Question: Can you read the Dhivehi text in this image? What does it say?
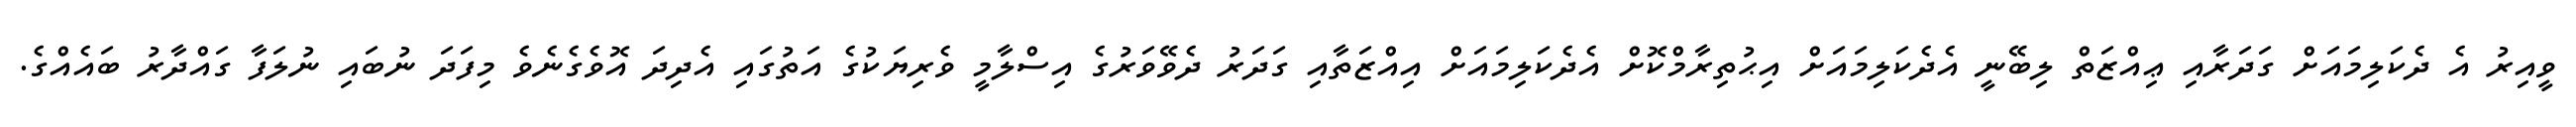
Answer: ވީއިރު އެ ދެކަލިމައަށް ގަދަރާއި ޢިއްޒަތް ލިބޭނީ އެދެކަލިމައަށް އިޙުތިރާމްކޮށް އެދެކަލިމައަށް އިއްޒަތާއި ގަދަރު ދެވޭވަރުގެ އިސްލާމީ ވެރިޔަކުގެ އަތުގައި އެދިދަ އޮވެގެނެވެ މިފަދަ ނުބައި ނުލަފާ ގައްދާރު ބައެއްގެ.